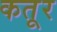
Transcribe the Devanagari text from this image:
कतूर